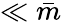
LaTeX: \ll\bar{m}